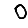
Digit: 0